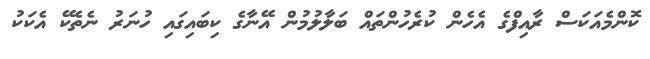
ކޮންމެއަކަސް ރާއިފްގެ އެހެން ކުރެހުންތައް ބަލާލުމުން އޭނާގެ ކިބައިގައި ހުނަރު ނެތެކޭ އެކަކު